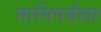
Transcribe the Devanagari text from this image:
मानिपर्वला